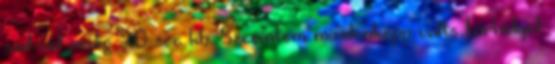
ssd-vel pedig 20 sec kb. Szerintem mindenképp válts tárhelyet